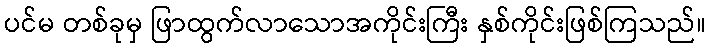
ပင်မ တစ်ခုမှ ဖြာထွက်လာသောအကိုင်းကြီး နှစ်ကိုင်းဖြစ်ကြသည်။